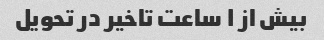
بیش از ۱ ساعت تاخیر در تحویل